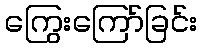
ကြွေးကြော်ခြင်း